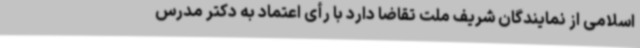
اسلامی از نمایندگان شریف ملت تقاضا دارد با رأی اعتماد به دکتر مدرس